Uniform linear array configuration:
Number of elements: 16
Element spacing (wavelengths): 1
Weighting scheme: cosine
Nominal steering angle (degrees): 15
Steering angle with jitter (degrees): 16.657
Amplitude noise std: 0.05
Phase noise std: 0.05

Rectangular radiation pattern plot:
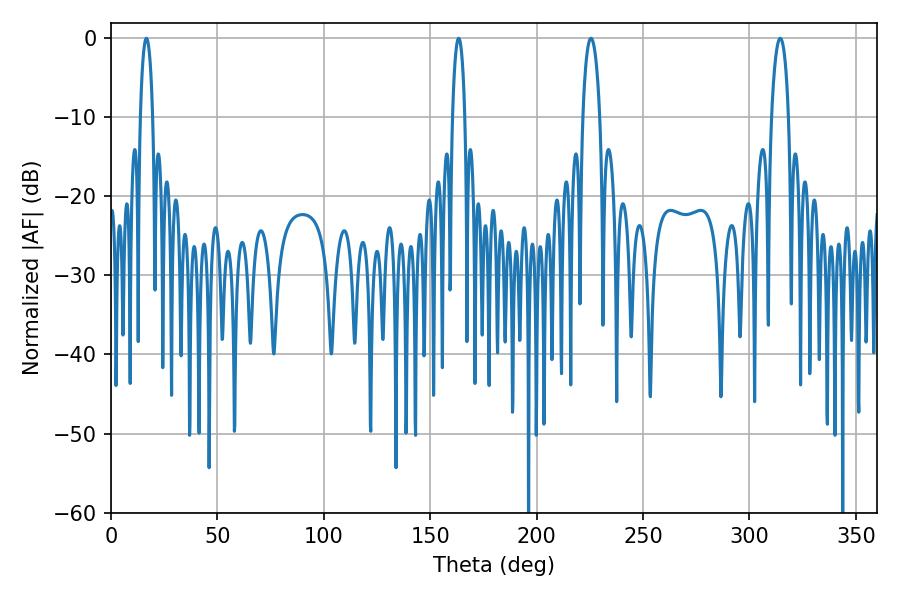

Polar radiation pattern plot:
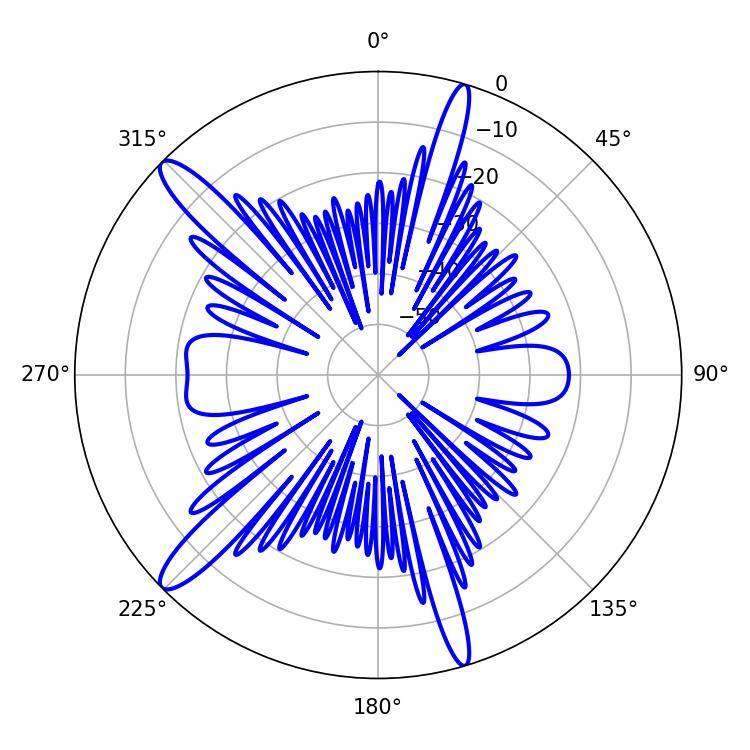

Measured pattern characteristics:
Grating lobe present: TRUE
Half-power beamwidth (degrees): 4.5
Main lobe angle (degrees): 314.46